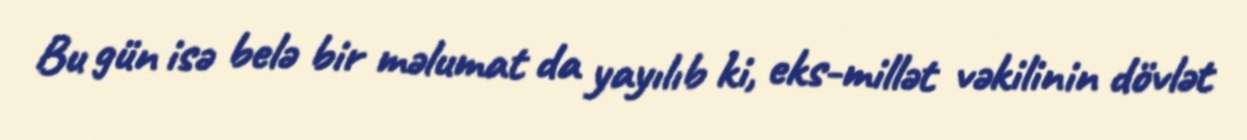
Bu gün isə belə bir məlumat da yayılıb ki, eks-millət vəkilinin dövlət